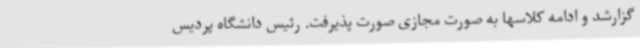
گزارشد و ادامه کلاسها به صورت مجازی صورت پذیرفت. رئیس دانشگاه پردیس